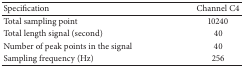
| Specification | Channel C4 |
 | --- | --- |
 | Total sampling point | 10240 |
 | Total length signal (second) | 40 |
 | Number of peak points in the signal | 40 |
 | Sampling frequency (Hz) | 256 |